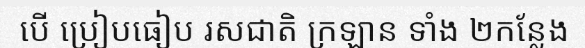
បើ ប្រៀបធៀប រសជាតិ ក្រឡាន ទាំង ២កន្លែង